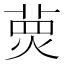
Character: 𤋂